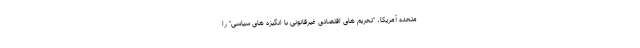
متحده آمریکا، "تحریم های اقتصادی غیرقانونی با انگیزه های سیاسی" را